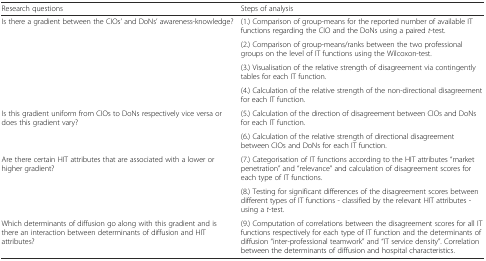
<table><thead><tr><td><b>Research questions</b></td><td><b>Steps of analysis</b></td></tr></thead><tbody><tr><td rowspan="4">Is there a gradient between the CIOs’ and DoNs’ awareness-knowledge?</td><td>(1.) Comparison of group-means for the reported number of available IT functions regarding the CIO and the DoNs using a paired <i>t</i>-test.</td></tr><tr><td>(2.) Comparison of group-means/ranks between the two professional groups on the level of IT functions using the Wilcoxon-test.</td></tr><tr><td>(3.) Visualisation of the relative strength of disagreement via contingently tables for each IT function.</td></tr><tr><td>(4.) Calculation of the relative strength of the non-directional disagreement for each IT function.</td></tr><tr><td rowspan="2">Is this gradient uniform from CIOs to DoNs respectively vice versa or does this gradient vary?</td><td>(5.) Calculation of the direction of disagreement between CIOs and DoNs for each IT function.</td></tr><tr><td>(6.) Calculation of the relative strength of directional disagreement between CIOs and DoNs for each IT function.</td></tr><tr><td rowspan="2">Are there certain HIT attributes that are associated with a lower or higher gradient?</td><td>(7.) Categorisation of IT functions according to the HIT attributes “market penetration” and “relevance” and calculation of disagreement scores for each type of IT functions.</td></tr><tr><td>(8.) Testing for significant differences of the disagreement scores between different types of IT functions - classified by the relevant HIT attributes - using a <i>t</i>-test.</td></tr><tr><td>Which determinants of diffusion go along with this gradient and is there an interaction between determinants of diffusion and HIT attributes?</td><td>(9.) Computation of correlations between the disagreement scores for all IT functions respectively for each type of IT function and the determinants of diffusion “inter-professional teamwork” and “IT service density”. Correlation between the determinants of diffusion and hospital characteristics.</td></tr></tbody></table>